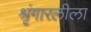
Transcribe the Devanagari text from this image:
श्रृंगारलीला